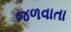
જળવાતા